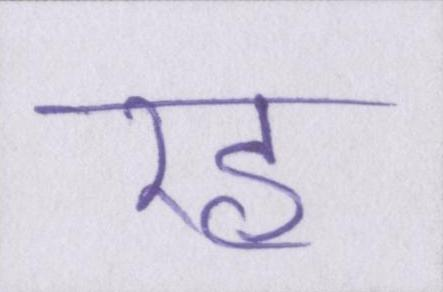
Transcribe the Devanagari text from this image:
रह